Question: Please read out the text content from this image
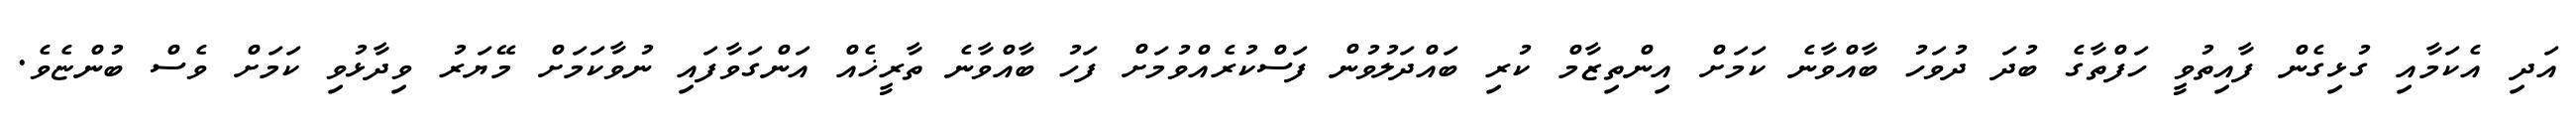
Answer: އަދި އެކަމާއި ގުޅިގެން ފާއިތުވީ ހަފްތާގެ ބުދަ ދުވަހު ބާއްވާނެ ކަމަށް އިންތިޒާމް ކުރި ބައްދަލުވުން ފަސްކުރެއްވުމަށް ފަހު ބާއްވާނެ ތާރީޚެއް އަންގަވާފައި ނުވާކަމަށް މޭޔަރު ވިދާޅުވި ކަމަށް ވެސް ބުންޏެވެ.